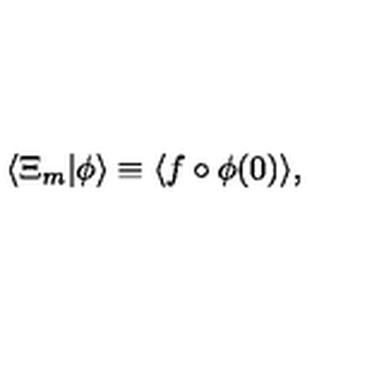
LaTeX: \langle \Xi _ { m } | \phi \rangle \equiv \langle f \circ \phi ( 0 ) \rangle ,